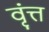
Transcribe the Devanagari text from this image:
वृंत्त